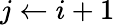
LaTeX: j\gets i+1